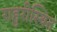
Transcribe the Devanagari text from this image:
राहुरीस्थित